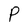
Character: P